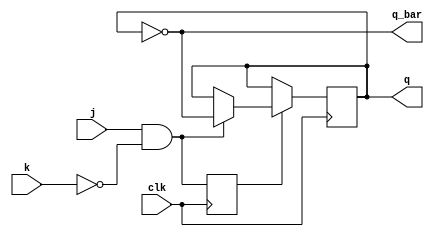
module jk_flip_flop (
    input wire j, // input signal j
    input wire k, // input signal k
    input wire clk, // clock signal
    output reg q, // output signal q
    output reg q_bar // output signal q_bar
);

reg master_latch;
reg slave_latch;

always @ (posedge clk)
begin
    // master latch
    master_latch <= j & ~k;

    // slave latch
    slave_latch <= master_latch;
end

always @ (negedge clk)
begin
    if (master_latch)
    begin
        if (j & ~k)
            q <= ~q;
        else if (~j & k)
            q <= q;
    end
end

// output the inverted q signal
assign q_bar = ~q;

endmodule